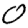
Digit: 0